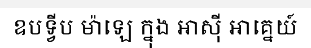
ឧបទ្វីប ម៉ាឡេ ក្នុង អាស៊ី អាគ្នេយ៍